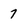
Character: 7